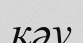
қәу